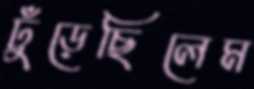
ঢুঁড়েছিলেম